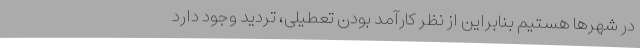
در شهرها هستیم بنابراین از نظر کارآمد بودن تعطیلی، تردید وجود دارد